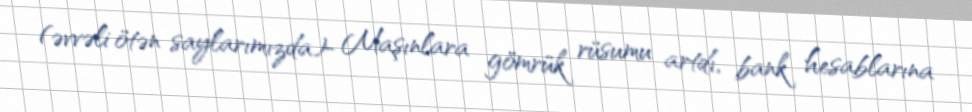
(əvvəli ötən saylarımızda)- Maşınlara gömrük rüsumu artdı, bank hesablarına